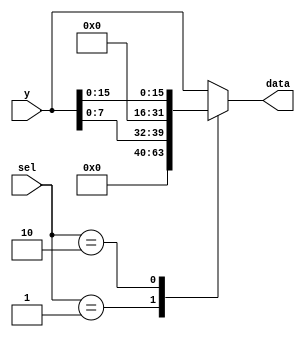

// store_extend.v - logic for extending the data and addr for storing word, half and byte

module store_extend (
    input   [31:0] y,
    input   [1:0] sel,
    output reg [31:0] data
);

always @(*) begin
    case(sel)
        2'b00: data = y;
        2'b01: data = {24'b0, y[7:0]};
        2'b10: data = {16'b0, y[15:0]};
        default: data = y;
    endcase
end

endmodule